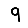
Digit: 9